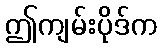
ဤကျမ်းပိုဒ်က